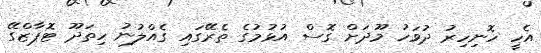
އެހީ ހޮނިހިރު ދުވަހު މޫދަށް ގޮސް އުޅުމުގެ ތެރޭގައި ގެއްލުނު ހިތަދޫ ޓޮޕާޒްގޭ